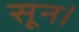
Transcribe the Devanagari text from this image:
सून।